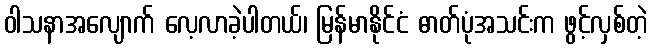
ဝါသနာအလျောက် လေ့လာခဲ့ပါတယ်၊ မြန်မာနိုင်ငံ ဓာတ်ပုံအသင်းက ဖွင့်လှစ်တဲ့